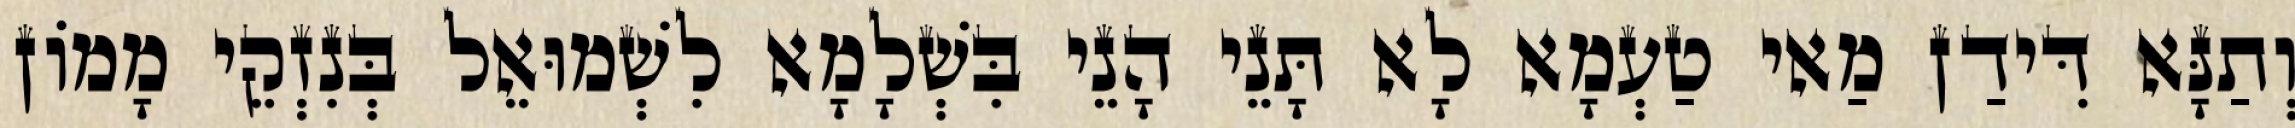
וְתַנָּא דִּידַן מַאי טַעְמָא לָא תָּנֵי הָנֵי בִּשְׁלָמָא לִשְׁמוּאֵל בְּנִזְקֵי מָמוֹן